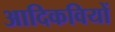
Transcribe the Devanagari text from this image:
आदिकवियों